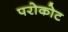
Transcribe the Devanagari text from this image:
परोकोट